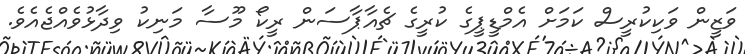
ވަޒީން ވަކިކުރީސް ކަމަށް އެމްޑީޕީގެ ކުރީގެ ޗެއާޕާސަން ރީކޯ މޫސާ މަނިކު ވިދާޅުވެއްޖެއެވެ.